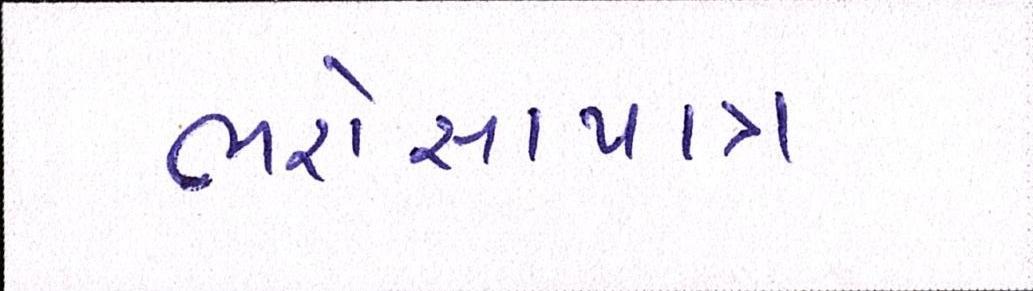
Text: ભરોસાપાત્ર